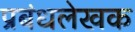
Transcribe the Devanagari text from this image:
प्रबंधलेखक